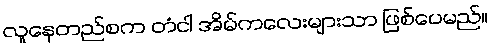
လူနေတည်စက တံငါ အိမ်ကလေးများသာ ဖြစ်ပေမည်။